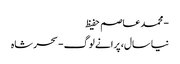
- محمد عاصم حفیظ
نیا سال، پرانے لوگ - سحر شاہ